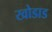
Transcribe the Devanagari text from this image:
खोडाड